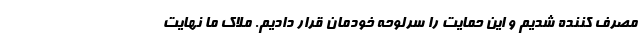
مصرف کننده شدیم و این حمایت را سرلوحه خودمان قرار دادیم. ملاک ما نهایت